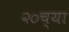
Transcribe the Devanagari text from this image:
२०च्या